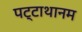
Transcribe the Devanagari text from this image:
पट्टाथानम